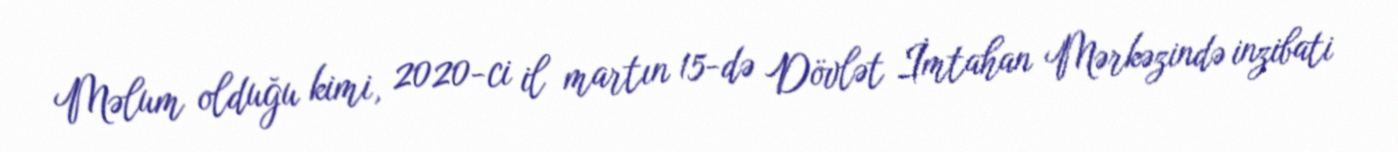
Məlum olduğu kimi, 2020-ci il martın 15-də Dövlət İmtahan Mərkəzində inzibati